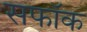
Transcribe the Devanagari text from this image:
सफॉक